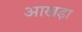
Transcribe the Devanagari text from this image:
आखड़ा